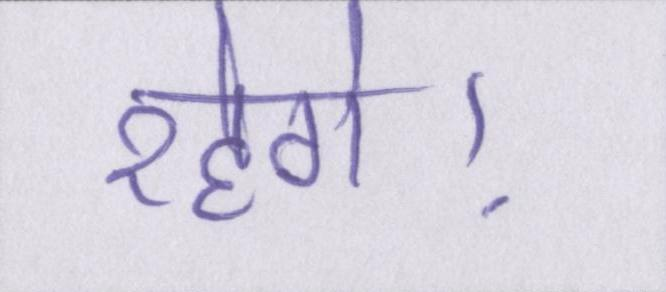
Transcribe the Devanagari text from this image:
रहेगे।